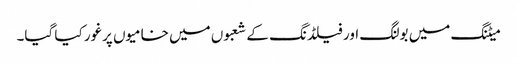
میٹنگ میں بولنگ اور فیلڈنگ کے شعبوں میں خامیوں پرغور کیا گیا۔